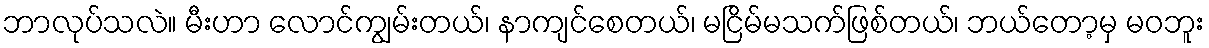
ဘာလုပ်သလဲ။ မီးဟာ လောင်ကျွမ်းတယ်၊ နာကျင်စေတယ်၊ မငြိမ်မသက်ဖြစ်တယ်၊ ဘယ်တော့မှ မဝဘူး